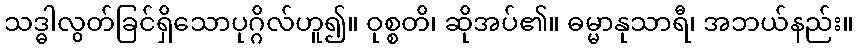
သဒ္ဓါလွတ်ခြင်ရှိသောပုဂ္ဂိလ်ဟူ၍။ ဝုစ္စတိ၊ ဆိုအပ်၏။ ဓမ္မာနုသာရီ၊ အဘယ်နည်း။